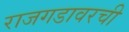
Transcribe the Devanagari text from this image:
राजगडावरची